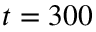
t = 3 0 0